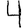
Digit: 4